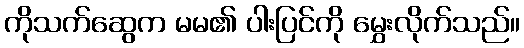
ကိုသက်ဆွေက မမ၏ ပါးပြင်ကို မွှေးလိုက်သည်။